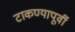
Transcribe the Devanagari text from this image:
टाकण्यापूर्वी